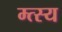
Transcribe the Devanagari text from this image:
म्त्स्य